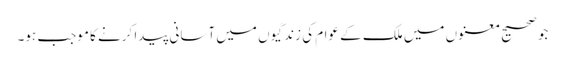
جو صحیح معنوں میں ملک کے عوام کی زندگیوں میں آسانی پیدا کرنے کا موجب ہو۔